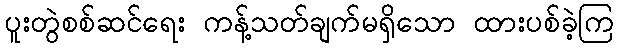
ပူးတွဲစစ်ဆင်ရေး ကန့်သတ်ချက်မရှိသော ထားပစ်ခဲ့ကြ